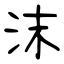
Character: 沫